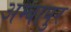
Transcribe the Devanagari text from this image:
अम्बापुर